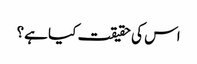
اس کی حقیقت کیا ہے؟